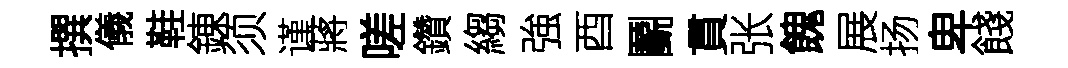
撰儀鞋錬须谨蔣嗟鑽縐強酉鬬貫张餽展扬卑餞